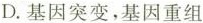
D.基因突变，基因重组